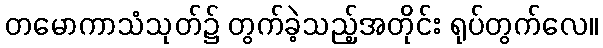
တမောကာသံသုတ်၌ တွက်ခဲ့သည့်အတိုင်း ရုပ်တွက်လေ။